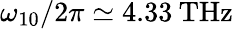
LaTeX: \omega_{10}/2\pi\simeq 4.33\: \mathrm{THz}